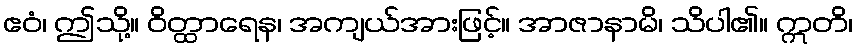
ဧဝံ၊ ဤသို့။ ဝိတ္ထာရေန၊ အကျယ်အားဖြင့်။ အာဇာနာမိ၊ သိပါ၏။ ဣတိ၊